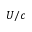
U / c